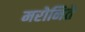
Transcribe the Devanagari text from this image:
मरोनिते